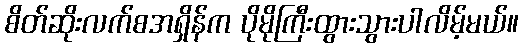
စိတ်ဆိုးလက်စအရှိန်က ပိုမိုကြီးထွားသွားပါလိမ့်မယ်။